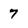
Character: 7